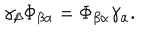
\gamma _ { \beta } \Phi _ { \beta \alpha } = \Phi _ { \beta \alpha } \gamma _ { \alpha } .